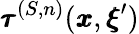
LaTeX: {\pmb\tau}^{(S,n)}({\pmb x},{\pmb\xi}^{\prime})